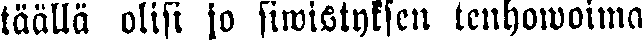
täällä olisi jo siwistyksen tenhowoima